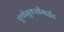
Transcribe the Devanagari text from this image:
एथोसुक्सीमाईड